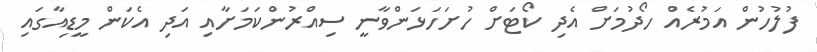
ފުލުހުން އަމުރެއް ހޯދުމަށް އެދި ކޯޓަށް ހުށަހަޅަންވާނީ ސިއްރުންކަމަށާއި އަދި އެކަން މީޑިއާގައި